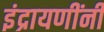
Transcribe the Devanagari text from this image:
इंद्रायणींनी